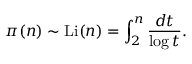
\pi ( n ) \sim \operatorname { L i } ( n ) = \int _ { 2 } ^ { n } { \frac { d t } { \log t } } .